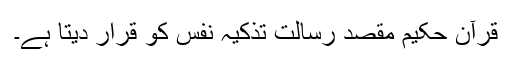
قرآن حکیم مقصد رسالت تذکیہ نفس کو قرار دیتا ہے۔